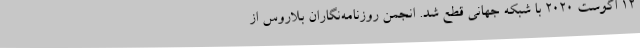
12 ا‌گوست 2020 با شبکه جهانی قطع شد. انجمن روزنامه‌نگاران بلاروس از